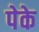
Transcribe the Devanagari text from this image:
पेके